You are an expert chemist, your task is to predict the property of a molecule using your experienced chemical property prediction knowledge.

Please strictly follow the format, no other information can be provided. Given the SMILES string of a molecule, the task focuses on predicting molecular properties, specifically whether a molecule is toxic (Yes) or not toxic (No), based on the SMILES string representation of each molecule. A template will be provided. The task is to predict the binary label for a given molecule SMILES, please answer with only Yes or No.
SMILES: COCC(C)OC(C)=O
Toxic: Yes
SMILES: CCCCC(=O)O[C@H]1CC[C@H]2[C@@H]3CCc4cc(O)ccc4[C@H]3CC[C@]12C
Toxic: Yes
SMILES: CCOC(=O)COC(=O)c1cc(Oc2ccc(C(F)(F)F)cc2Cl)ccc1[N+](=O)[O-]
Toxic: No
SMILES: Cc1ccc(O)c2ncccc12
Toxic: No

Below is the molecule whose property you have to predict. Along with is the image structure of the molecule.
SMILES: CN1Cc2cc(C(=O)N3CCC(C4CCNCC4)CC3)ccc2N[C@@H](CC(=O)O)C1=O
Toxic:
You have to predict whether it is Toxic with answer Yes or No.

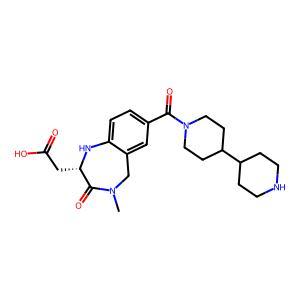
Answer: No